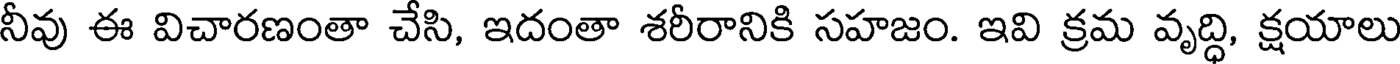
నీవు ఈ విచారణంతా చేసి, ఇదంతా శరీరానికి సహజం. ఇవి క్రమ వృద్ధి, క్షయాలు